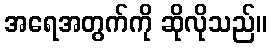
အရေအတွက်ကို ဆိုလိုသည်။